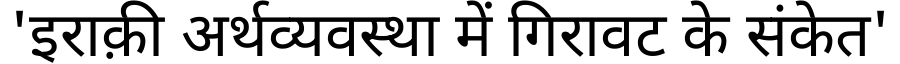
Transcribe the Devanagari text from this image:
'इराक़ी अर्थव्यवस्था में गिरावट के संकेत'